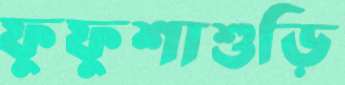
ফুফুশাশুড়ি